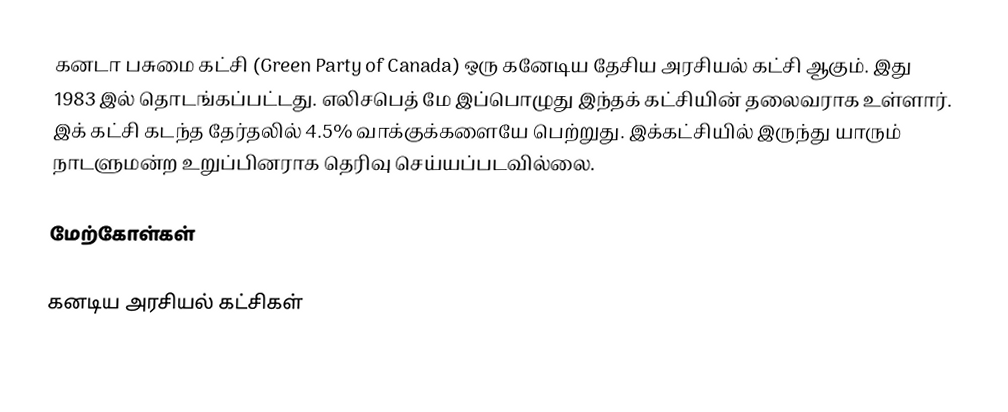
கனடா பசுமை கட்சி (Green Party of Canada) ஒரு கனேடிய தேசிய அரசியல் கட்சி ஆகும். இது 1983 இல் தொடங்கப்பட்டது. எலிசபெத் மே இப்பொழுது இந்தக் கட்சியின் தலைவராக உள்ளார். இக் கட்சி கடந்த தேர்தலில் 4.5% வாக்குக்களையே பெற்றுது.  இக்கட்சியில் இருந்து யாரும் நாடளுமன்ற உறுப்பினராக தெரிவு செய்யப்படவில்லை.

மேற்கோள்கள்

கனடிய அரசியல் கட்சிகள்